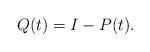
LaTeX: \begin{align*}Q(t) = I - P(t). \end{align*}